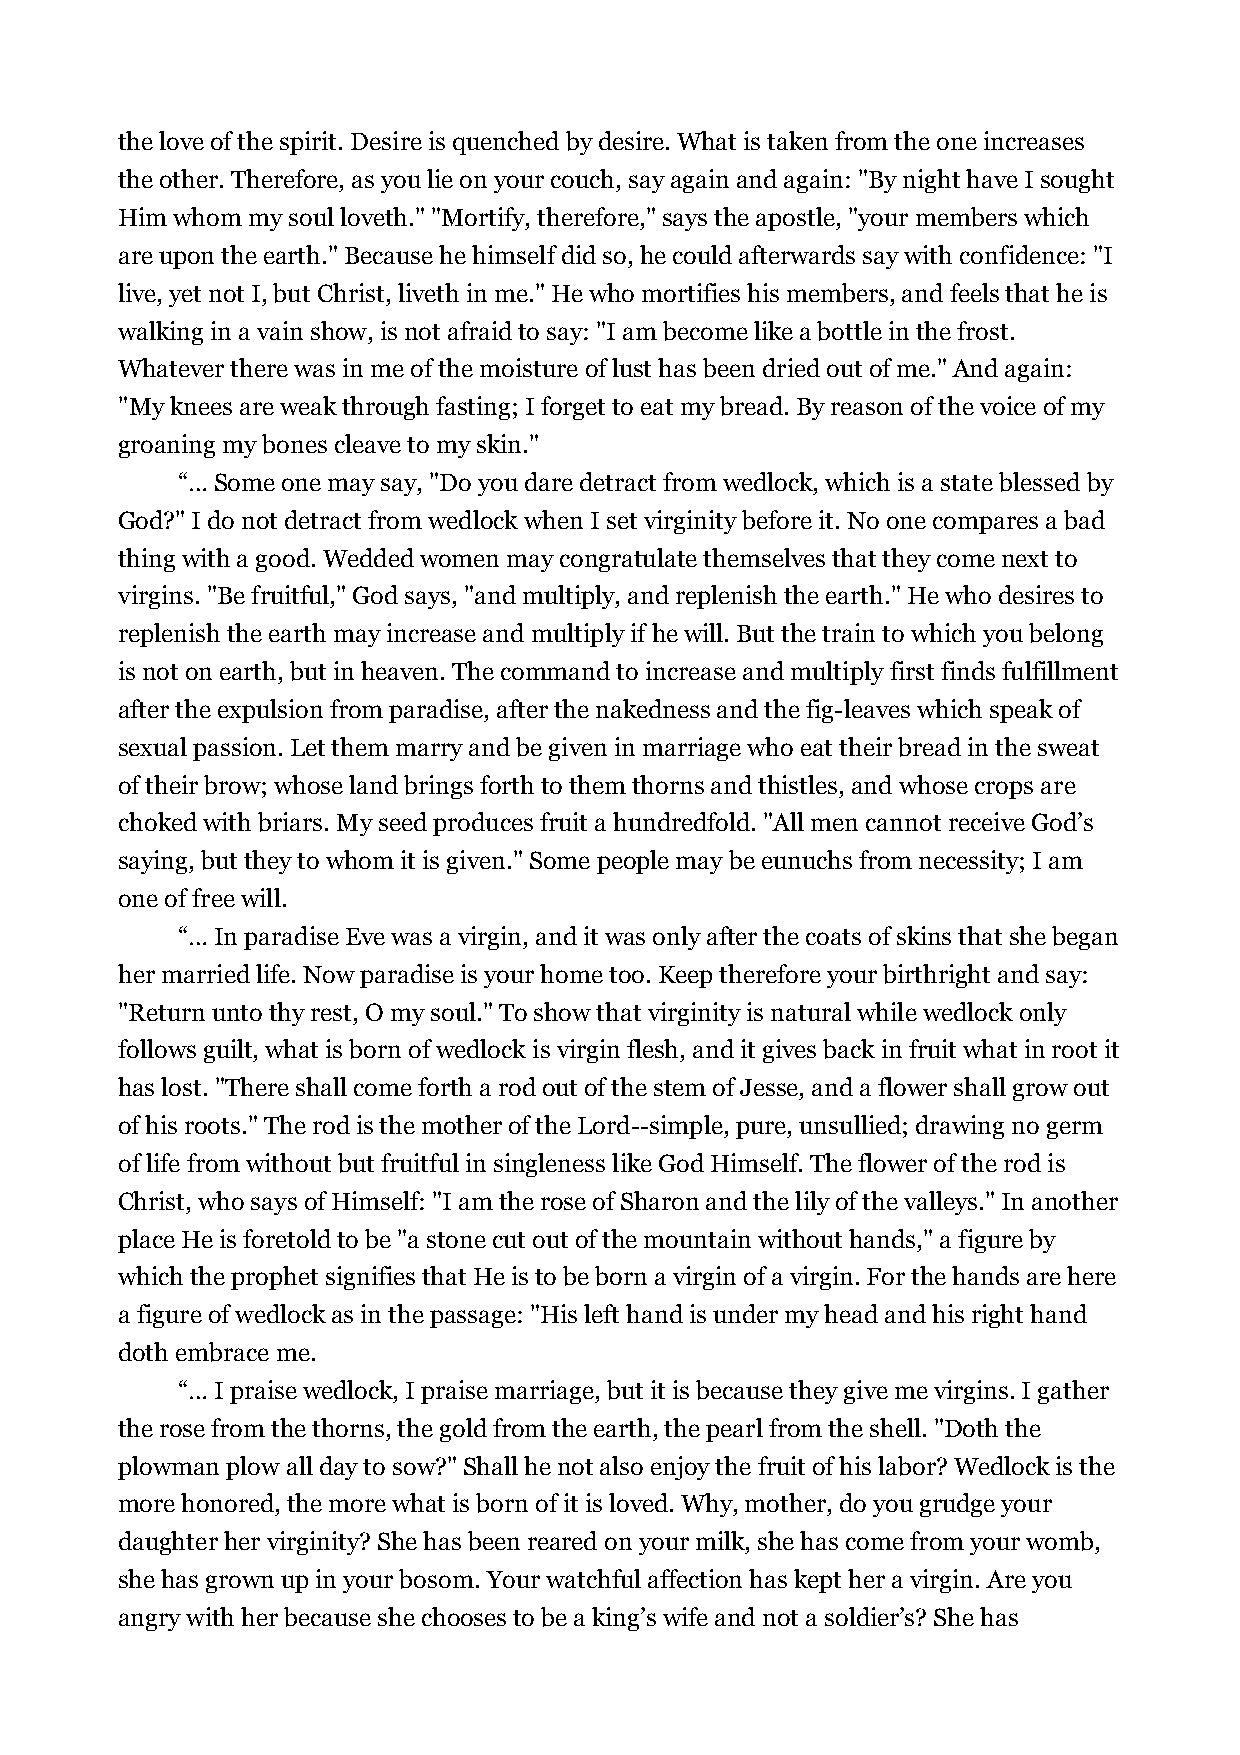
the love of the spirit. Desire is quenched by desire. What is taken from the one increases
 the other. Therefore, as you lie on your couch, say again and again: "By night have I sought
 Him whom my soul loveth." "Mortify, therefore," says the apostle, "your members which
 are upon the earth." Because he himself did so, he could afterwards say with confidence: "I
 live, yet not I, but Christ, liveth in me." He who mortifies his members, and feels that he is
 walking in a vain show, is not afraid to say: "I am become like a bottle in the frost.
 Whatever there was in me of the moisture of lust has been dried out of me." And again:
 "My knees are weak through fasting; I forget to eat my bread. By reason of the voice of my
 groaning my bones cleave to my skin."
 “… Some one may say, "Do you dare detract from wedlock, which is a state blessed by
 God?" I do not detract from wedlock when I set virginity before it. No one compares a bad
 thing with a good. Wedded women may congratulate themselves that they come next to
 virgins. "Be fruitful," God says, "and multiply, and replenish the earth." He who desires to
 replenish the earth may increase and multiply if he will. But the train to which you belong
 is not on earth, but in heaven. The command to increase and multiply first finds fulfillment
 after the expulsion from paradise, after the nakedness and the fig-leaves which speak of
 sexual passion. Let them marry and be given in marriage who eat their bread in the sweat
 of their brow; whose land brings forth to them thorns and thistles, and whose crops are
 choked with briars. My seed produces fruit a hundredfold. "All men cannot receive God’s
 saying, but they to whom it is given." Some people may be eunuchs from necessity; I am
 one of free will.
 “… In paradise Eve was a virgin, and it was only after the coats of skins that she began
 her married life. Now paradise is your home too. Keep therefore your birthright and say:
 "Return unto thy rest, O my soul." To show that virginity is natural while wedlock only
 follows guilt, what is born of wedlock is virgin flesh, and it gives back in fruit what in root it
 has lost. "There shall come forth a rod out of the stem of Jesse, and a flower shall grow out
 of his roots." The rod is the mother of the Lord--simple, pure, unsullied; drawing no germ
 of life from without but fruitful in singleness like God Himself. The flower of the rod is
 Christ, who says of Himself: "I am the rose of Sharon and the lily of the valleys." In another
 place He is foretold to be "a stone cut out of the mountain without hands," a figure by
 which the prophet signifies that He is to be born a virgin of a virgin. For the hands are here
 a figure of wedlock as in the passage: "His left hand is under my head and his right hand
 doth embrace me.
 “… I praise wedlock, I praise marriage, but it is because they give me virgins. I gather
 the rose from the thorns, the gold from the earth, the pearl from the shell. "Doth the
 plowman plow all day to sow?" Shall he not also enjoy the fruit of his labor? Wedlock is the
 more honored, the more what is born of it is loved. Why, mother, do you grudge your
 daughter her virginity? She has been reared on your milk, she has come from your womb,
 she has grown up in your bosom. Your watchful affection has kept her a virgin. Are you
 angry with her because she chooses to be a king’s wife and not a soldier’s? She has